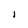
Character: l